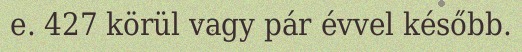
e. 427 körül vagy pár évvel később.